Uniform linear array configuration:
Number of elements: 64
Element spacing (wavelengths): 1
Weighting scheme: blackman
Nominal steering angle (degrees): -30
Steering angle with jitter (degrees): -30.743
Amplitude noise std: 0.05
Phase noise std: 0.05

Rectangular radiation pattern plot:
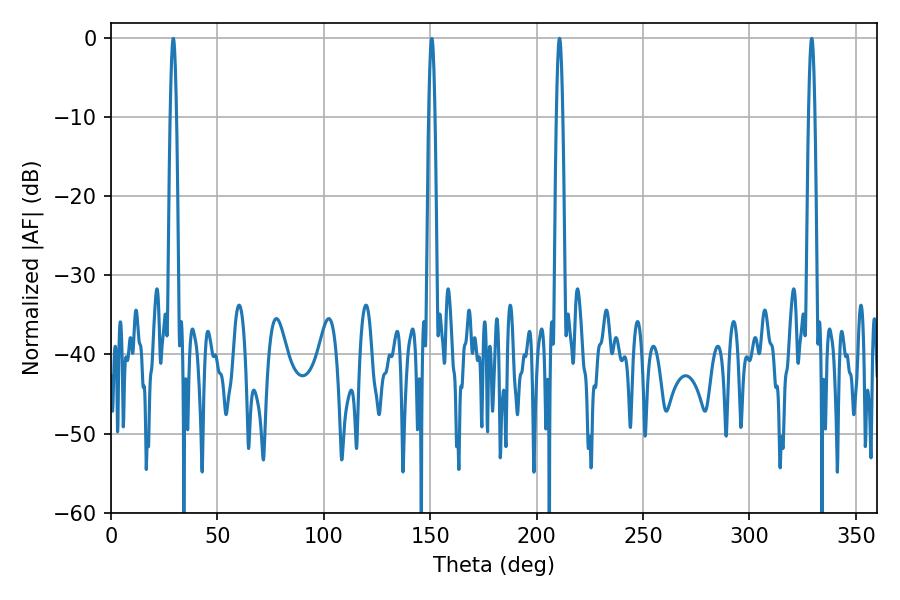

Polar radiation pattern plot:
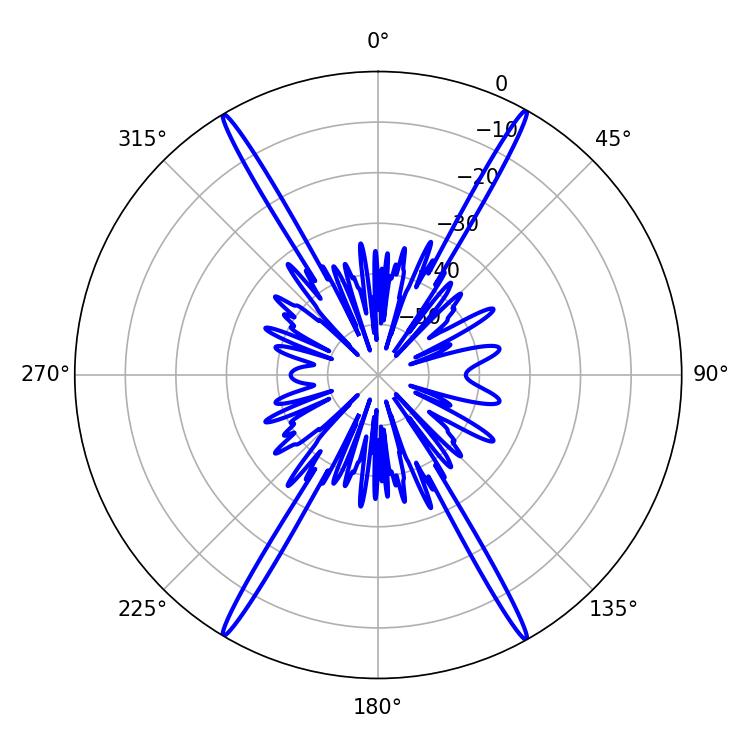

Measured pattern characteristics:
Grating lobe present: TRUE
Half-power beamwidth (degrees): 1.62
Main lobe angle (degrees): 329.22